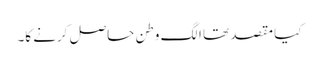
کیا مقصد تھا الگ وطن حاصل کرنے کا۔